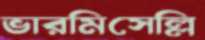
ভারমিসেল্লি